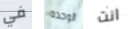
في الوحده انت